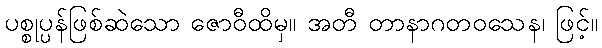
ပစ္စုပ္ပန်ဖြစ်ဆဲသော ဇောဝီထိမှ။ အတီ တာနာဂတဝသေန၊ ဖြင့်။